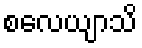
စလေယျာသိ